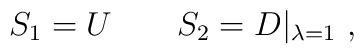
S_1=U\qquad S_2=D|_{\lambda =1} \ ,